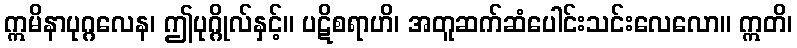
ဣမိနာပုဂ္ဂလေန၊ ဤပုဂ္ဂိုလ်နှင့်။ ပဋိစရာဟိ၊ အတူဆက်ဆံပေါင်းသင်းလေလော။ ဣတိ၊